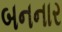
બનનાર